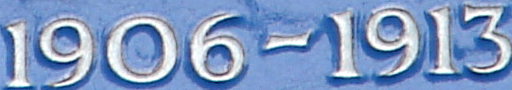
1906-1913